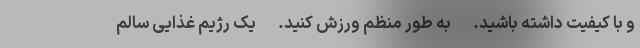
و با کیفیت داشته باشید. - به طور منظم ورزش کنید. - یک رژیم غذایی سالم